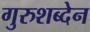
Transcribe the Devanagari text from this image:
गुरुशब्देन